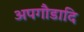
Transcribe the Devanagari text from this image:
अपगौडादि